Indian journal of veterinary science and animal husbandry - Volumes 18-21, 1948-1951
Year: 1948
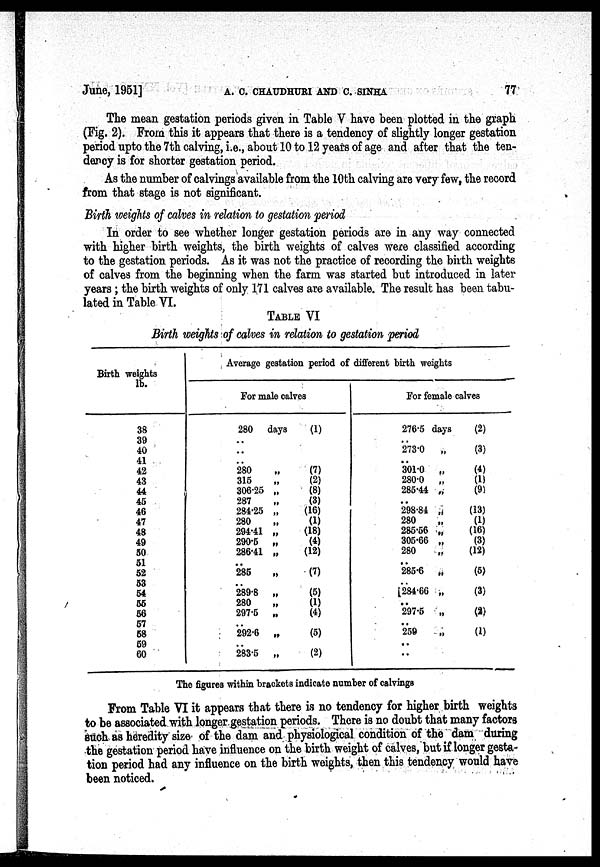
June, 1951]
A.
C.
CHAUDHURI
AND
C.
SINHA
77
The mean gestation periods given in Table V have been plotted in the graph
(Fig. 2). From this it appears that there is a tendency of slightly longer gestation
period upto the 7th calving, i.e., about 10 to 12 years of age and after that the ten-
dency is for shorter gestation period.
As the number of calvings available from the 10th calving are very few, the record
from that stage is not significant.
Birth weights of calves in relation to gestation period
In order to see whether longer gestation periods are in any way connected
with higher birth weights, the birth weights of calves were classified according
to the gestation periods. As it was not the practice of recording the birth weights
of calves from the beginning when the farm was started but introduced in later
years; the birth weights of only 171 calves are available. The result has been tabu-
lated in Table VI.
TABLE VI
Birth weights of calves in relation to gestation period
Birth weights
lb.
38
39
40
41
42
43
44
45
46
47
48
49
50
51
52
53
54
55
56
57
58
59
60
Average gestation period of different birth weights
For male calves
280 days
..
..
..
280
„
315
„
306.25 „
287
„
284.25 „
280
„
294.41 „
290.5 „
286.41 „
. .
285
„
..
289.8 „
280
„
297.5 „
..
292.6 „
..
283.5 „
(1)
(7)
(2)
(8)
(3)
(16)
(1)
(18)
(4)
(12)
(7)
(5)
(1)
(4)
(5)
(2)
For female calves
276.5 days
..
273.0
„
..
301.0 „
280.0 „
285.44 „
..
298.84 „
280
„
285.56 „
305.66 „
280
„
..
285.6 „
..
284.66 „
..
297.5 „
..
259
„
..
..
(2)
(3)
(4)
(1)
(9)
(13)
(1)
(16)
(3)
(12)
(5)
(3)
(2)
(1)
The figures within brackets indicate number of calvings
From Table VI it appears that there is no tendency for higher birth weights
to be associated with longer gestation periods. There is no doubt that many factors
such as heredity size of the dam and physiological condition of the dam during
the gestation period have influence on the birth weight of calves, but if longer gesta-
tion period had any influence on the birth weights, then this tendency would have
been noticed.